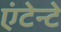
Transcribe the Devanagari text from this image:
एंटेन्टे